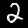
Label: 2